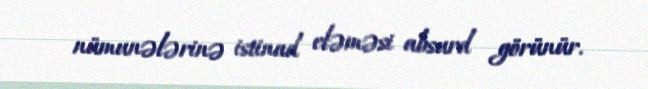
nümunələrinə istinad eləməsi absurd görünür.